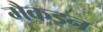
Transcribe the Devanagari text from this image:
मैकइन